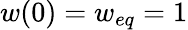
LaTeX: w(0)=w_{eq}=1